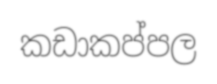
කඩාකප්පල